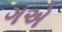
ગએ